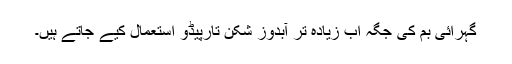
گہرائی بم کی جگہ اَب زیادہ تر آبدوز شکن تارپیڈو استعمال کیے جاتے ہیں۔